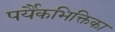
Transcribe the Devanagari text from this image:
पर्यैकभिक्तिका